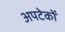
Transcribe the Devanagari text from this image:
अपटेकों